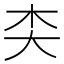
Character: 𪥄